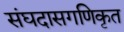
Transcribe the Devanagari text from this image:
संघदासगणिकृत